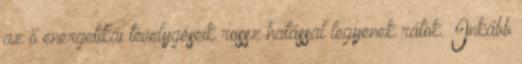
az ő energetikai tévelygéseik rossz hatással legyenek rátok. Inkább